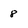
Character: 8